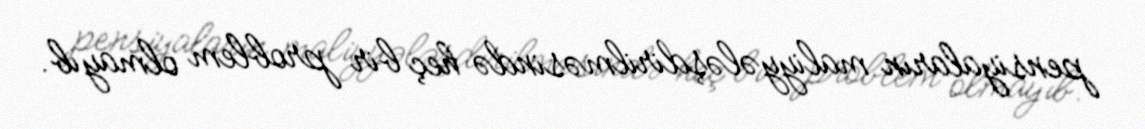
pensiyaların maliyyələşdirilməsində heç bir problem olmayıb.